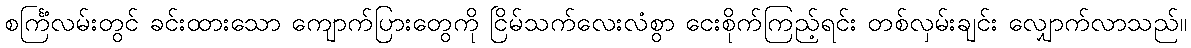
စင်္ကြံလမ်းတွင် ခင်းထားသော ကျောက်ပြားတွေကို ငြိမ်သက်လေးလံစွာ ငေးစိုက်ကြည့်ရင်း တစ်လှမ်းချင်း လျှောက်လာသည်။